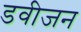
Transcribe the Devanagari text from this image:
डवीजन